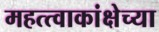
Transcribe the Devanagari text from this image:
महत्त्वाकांक्षेच्या